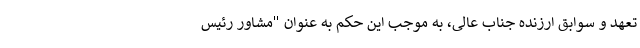
تعهد و سوابق ارزنده جناب عالی، به موجب این حکم به عنوان "مشاور رئیس